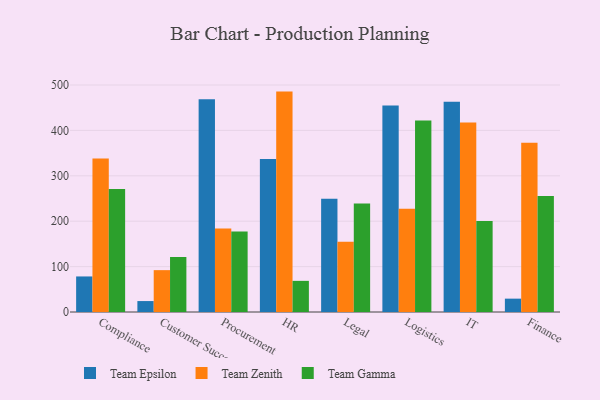
{"axis": {"x": "Department", "y": "Inventory Turnover"}, "legend": ["Team Epsilon", "Team Gamma", "Team Zenith"], "data": [{"x": "Compliance", "y": 78.3, "type": "Team Epsilon"}, {"x": "Compliance", "y": 337.9, "type": "Team Zenith"}, {"x": "Compliance", "y": 271.2, "type": "Team Gamma"}, {"x": "Customer Success", "y": 24.1, "type": "Team Epsilon"}, {"x": "Customer Success", "y": 92.2, "type": "Team Zenith"}, {"x": "Customer Success", "y": 121.2, "type": "Team Gamma"}, {"x": "Procurement", "y": 468.5, "type": "Team Epsilon"}, {"x": "Procurement", "y": 183.8, "type": "Team Zenith"}, {"x": "Procurement", "y": 177.6, "type": "Team Gamma"}, {"x": "HR", "y": 337.1, "type": "Team Epsilon"}, {"x": "HR", "y": 485.5, "type": "Team Zenith"}, {"x": "HR", "y": 68.6, "type": "Team Gamma"}, {"x": "Legal", "y": 249.5, "type": "Team Epsilon"}, {"x": "Legal", "y": 154.5, "type": "Team Zenith"}, {"x": "Legal", "y": 238.9, "type": "Team Gamma"}, {"x": "Logistics", "y": 454.9, "type": "Team Epsilon"}, {"x": "Logistics", "y": 227.2, "type": "Team Zenith"}, {"x": "Logistics", "y": 421.9, "type": "Team Gamma"}, {"x": "IT", "y": 463.1, "type": "Team Epsilon"}, {"x": "IT", "y": 417.2, "type": "Team Zenith"}, {"x": "IT", "y": 200.4, "type": "Team Gamma"}, {"x": "Finance", "y": 29.4, "type": "Team Epsilon"}, {"x": "Finance", "y": 372.9, "type": "Team Zenith"}, {"x": "Finance", "y": 255.6, "type": "Team Gamma"}]}